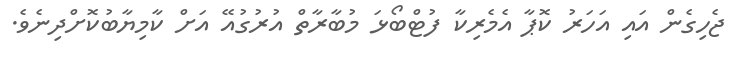
ޖެހިގެން އައި އަހަރު ކޮޕާ އެމެރިކާ ފުޓްބޯޅަ މުބާރާތް އުރުގުއޭ އަށް ކާމިޔާބުކޮށްދިނެވެ.